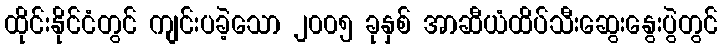
ထိုင်းနိုင်ငံတွင် ကျင်းပခဲ့သော ၂၀၀၅ ခုနှစ် အာဆီယံထိပ်သီးဆွေးနွေးပွဲတွင်